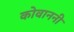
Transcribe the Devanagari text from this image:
कोवाननी